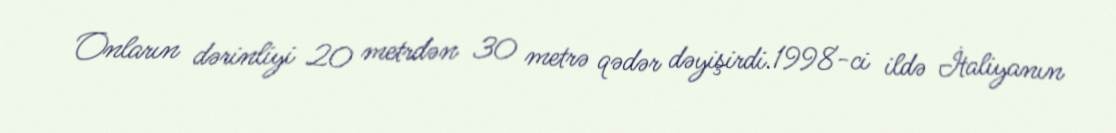
Onların dərinliyi 20 metrdən 30 metrə qədər dəyişirdi.1998-ci ildə İtaliyanın